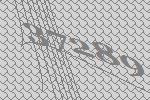
37289